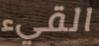
القيء